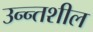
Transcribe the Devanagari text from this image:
उन्न्तशील